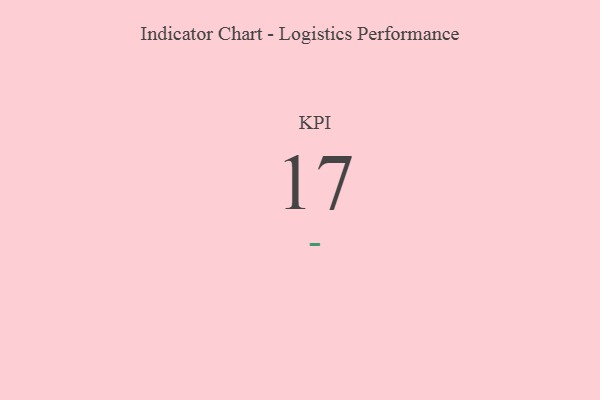
{"axis": {"x": "KPI", "y": "Value"}, "legend": [""], "data": [{"x": "KPI", "y": 17, "type": ""}]}